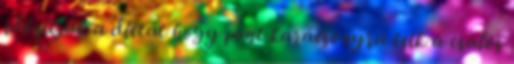
időzítjük a diétát hogy pont karácsonyra esik a csalós